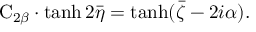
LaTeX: \mathrm { C } _ { 2 \beta } \cdot \operatorname { t a n h } 2 \bar { \eta } = \operatorname { t a n h } ( \bar { \zeta } - 2 i \alpha ) .